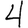
Digit: 4